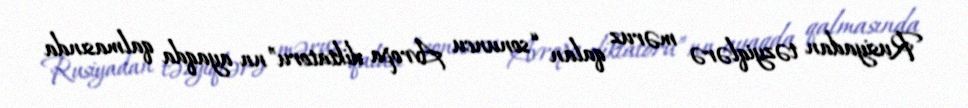
Rusiyadan təzyiqlərə məruz qalan “sonuncu Avropa diktatoru”nn ayaqda qalmasında